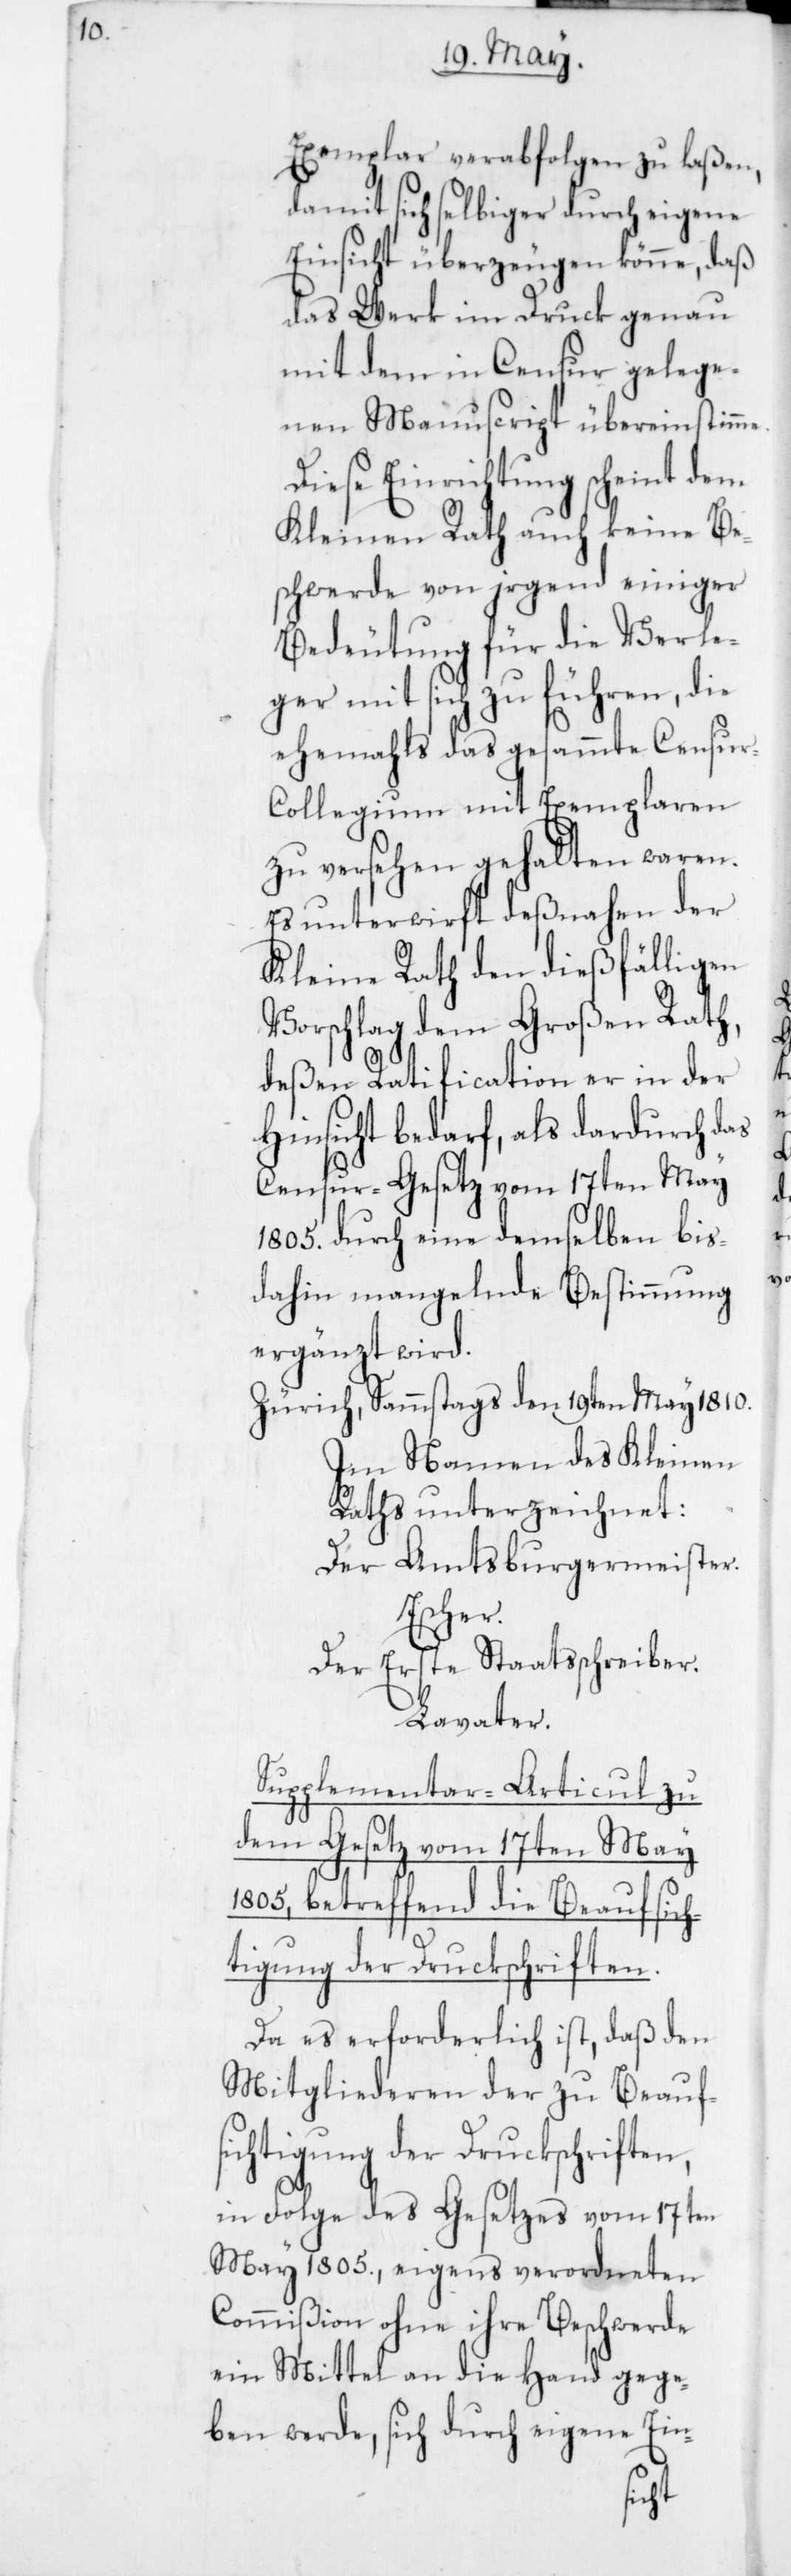
Exemplar verabfolgen zu laßen,
damit sich selbiger durch eigene
Einsicht überzeugen könne, daß
das Werk im Druck genau
mit dem in Censur gelege¬
nen Manuscript übereinstimme.
Diese Einrichtung scheint dem
Kleinen Rath auch keine Be¬
schwerde von irgend einiger
Bedeutung für die Verle¬
ger mit sich zu führen, die
ehemahls das gesammte Censu¬
r-Collegium mit Exemplaren
zu versehen gehalten waren.
Es unterwirft deßnahen der
Kleine Rath den dießfälligen
Vorschlag dem Großen Rath,
deßen Ratification er in der
Hinsicht bedarf, als dardurch das
Censur-Gesetz vom 17ten May
1805. durch eine demselben bis
dahin mangelnde Bestimmung
ergänzt wird.
Zürich, Sammstags den 19ten May 1810.
Im Namen des Kleinen
Raths unterzeichnet:
Der Amtsburgermeister.
Escher.
Der Erste Staatsschreiber.
Lavater.
Supplementar-Articul zu
dem Gesetz vom 17ten May
1805, betreffend die Beaufsich¬
tigung der Druckschriften.
Da es erforderlich ist, daß den
Mitgliederen der zu Beauf¬
sichtigung der Druckschriften,
in Folge des Gesetzes vom 17ten
May 1805., eigens verordneten
Commißion ohne ihre Beschwerde
ein Mittel an die Hand gege¬
ben werde, sich durch eigene Ein-